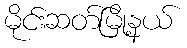
မိုင်းဆတ်မြို့နယ်